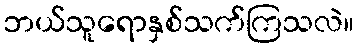
ဘယ်သူရောနှစ်သက်ကြသလဲ။